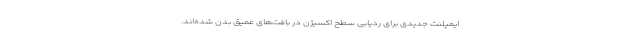
ایمپلنت جدیدی برای ردیابی سطح اکسیژن در بافت‌های عمیق بدن شده‌اند.